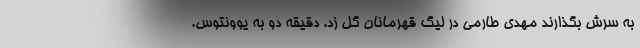
به سرش بگذارند مهدی طارمی در لیگ قهرمانان گل زد. دقیقه دو به یوونتوس.